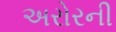
અરોરની